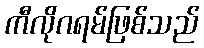
ကီလိုဂရမ်ဖြစ်သည်